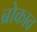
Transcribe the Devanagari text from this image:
ब्रोकाव